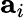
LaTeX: \mathbf{a}_{i}